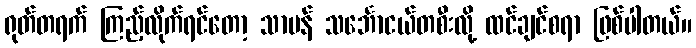
ရုတ်တရက် ကြည့်လိုက်ရင်တော့ သာမန် သင်္ဘောငယ်တစီးလို့ ထင်ချင်စရာ ဖြစ်ပါတယ်။